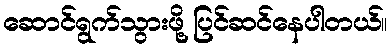
ဆောင်ရွက်သွားဖို့ ပြင်ဆင်နေပါတယ်။